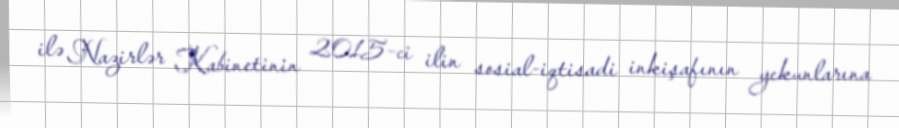
ilə Nazirlər Kabinetinin 2015-ci ilin sosial-iqtisadi inkişafının yekunlarına